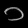
Digit: ၁